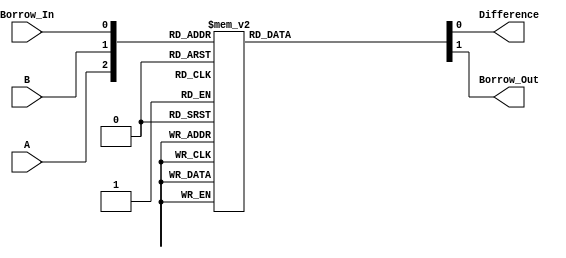
module full_subtractor(
  input A,
  input B,
  input Borrow_In,
  output Difference,
  output Borrow_Out
);

  reg Difference, Borrow_Out;

  always @(*) begin
    case({A, B, Borrow_In})
      3'b000: begin
        Difference = 0;
        Borrow_Out = 0;
      end
      3'b001: begin
        Difference = 1;
        Borrow_Out = 1;
      end
      3'b010: begin
        Difference = 1;
        Borrow_Out = 1;
      end
      3'b011: begin
        Difference = 0;
        Borrow_Out = 1;
      end
      3'b100: begin
        Difference = 1;
        Borrow_Out = 0;
      end
      3'b101: begin
        Difference = 0;
        Borrow_Out = 0;
      end
      3'b110: begin
        Difference = 0;
        Borrow_Out = 1;
      end
      3'b111: begin
        Difference = 1;
        Borrow_Out = 1;
      end
      default: begin
        Difference = 0;
        Borrow_Out = 0;
      end
    endcase
  end

endmodule